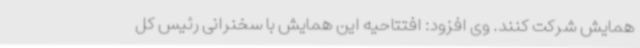
همایش شرکت کنند. وی افزود: افتتاحیه این همایش با سخنرانی رئیس کل